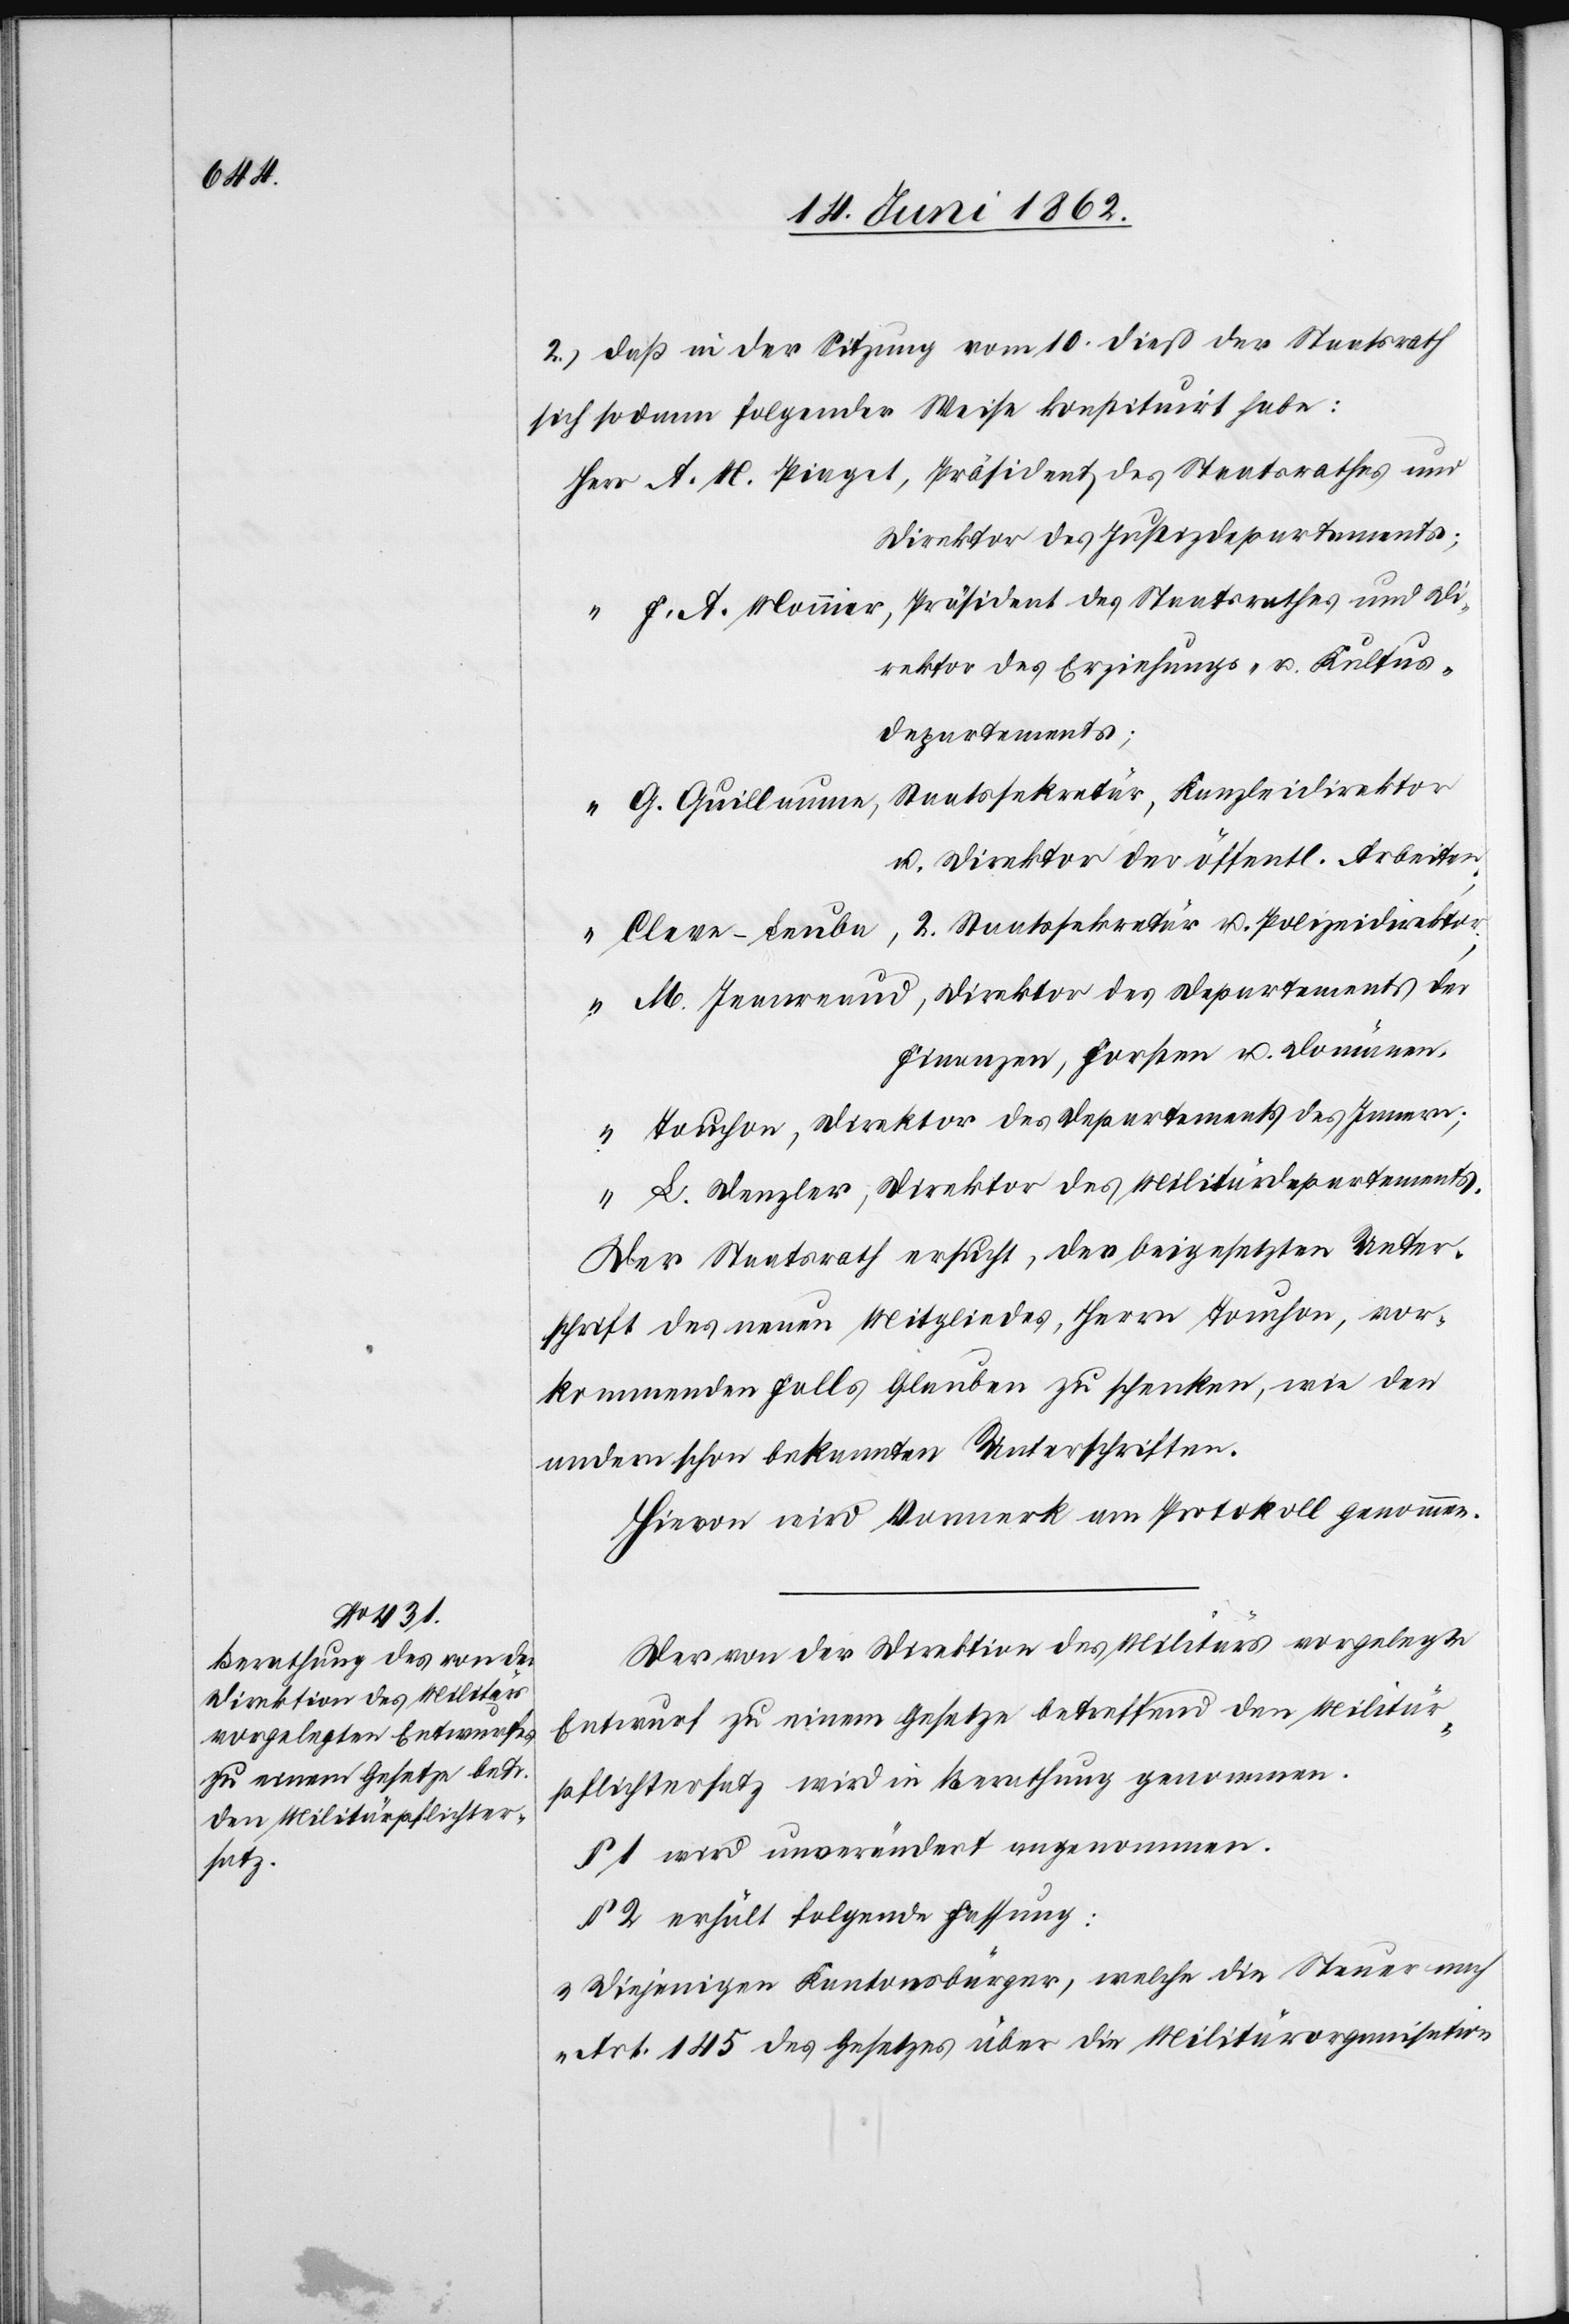
2) daß in der Sitzung vom 10. dieß der Staatsrath
sich sodann folgender Weise konsituirt habe:
A. M. Piaget, Präsident des Staatsrathes und
Direktor des Justizdepartements;
F. A. Monnier, Präsident des Staatsrathes und Di¬
rektor des Erziehungs- u. Kultus¬
departments;
G. Guillaume, Staatssekretär, Kanzleidirektor
u. Direktor der öffentl. Arbeiten;
Cleve-Leuba [sic!], 2. Staatssekretär u. Polizeidirektor;
M. Jeanreaud, Direktor des Departements der
Finanzen, Forsten u. Domänen.
Touchon, Direktor des Departements des Innern;
L. Denzler, Direktor des Militärdepartements.
Der Staatsrath ersucht, der beigesetzten Unter¬
schrift des neuen Mitgliedes, Herrn Touchon, vor¬
kommenden Falls Glauben zu schenken, wie den
andern schon bekannten Unterschriften.
Hievon wird Vormerk am Protokoll genommen.
Der von der Direktion des Militärs vorgelegte
Entwurf zu einem Gesetze betreffend den Militär¬
pflichtersatz wird in Berathung genommen.
§ 1 wird unverändert angenommen.
§ 2 erhält folgende Fassung:
„Diejenigen Kantonsbürger, welche die Steuer nach
Art. 145 des Gesetzes über die Militärorganisation